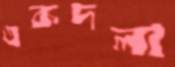
একদলা